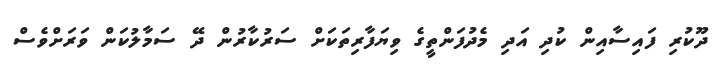
ދޫކުރި ފައިސާއިން ކުދި އަދި މެދުފަންތީގެ ވިޔަފާރިތަކަށް ސަރުކާރުން ދޭ ސަމާލުކަން ވަރަށްވެސް